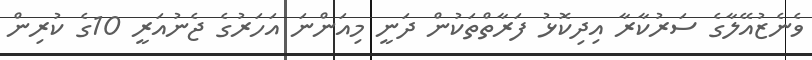
ވެނެޒުއޭލާގެ ސަރުކާރާ އިދިކޮޅު ފަރާތްތަކުން ދަނީ މިއަންނަ އަހަރުގެ ޖެނުއަރީ 10ގެ ކުރިން